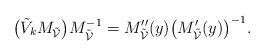
LaTeX: \begin{align*} \big(\tilde{V}_k M_{\tilde{\mathcal{V}}}\big)M_{\tilde{\mathcal{V}}}^{-1} =M''_{\tilde{\mathcal{V}}}(y) \big(M'_{\tilde{\mathcal{V}}}(y)\big)^{-1}. \end{align*}